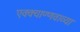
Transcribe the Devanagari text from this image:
एक्क्याण्णवाव्या